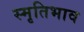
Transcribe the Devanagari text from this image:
स्मृतिभाव